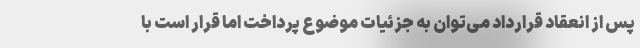
پس از انعقاد قرارداد می‌توان به جزئیات موضوع پرداخت اما قرار است با